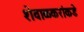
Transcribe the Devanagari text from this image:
शेवाळकरांकडे